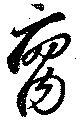
腐